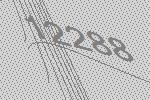
12288